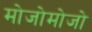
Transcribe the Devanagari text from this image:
मोजोमोजो